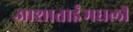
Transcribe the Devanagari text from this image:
आशाताईंमधली